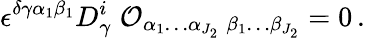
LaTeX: \epsilon^{\delta\gamma\alpha_{1}\beta_{1}}D_{\gamma}^{i}\; {\cal O}_{\alpha_{1}\ldots\alpha_{J_{2}}\; \beta_{1}\ldots\beta_{J_{2}}}=0\, .